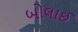
બોલાઈ